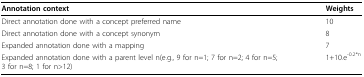
| Annotation context | Weights |
 | --- | --- |
 | Direct annotation done with a concept preferred name | 10 |
 | Direct annotation done with a concept synonym | 8 |
 | Expanded annotation done with a mapping | 7 |
 | Expanded annotation done with a parent level n(e.g., 9 for n=1; 7 for n=2; 4 for n=5; 3 for n=8; 1 for n>12) | 1+10.e-0.2*n |